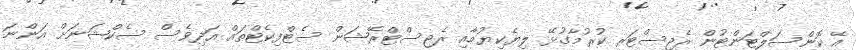
އޭ ކޮންސަލްޓަންޓުން ރެޖިސްޓަރ ކުރުމާގުޅޭ ލިޔެކިޔުމާއި ރެޖިސްޓްރޭޝަން ސެޓްފިކެޓްތައް އަދިވެސް ސެކްޝަނަށް އަންނަ